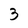
Character: 3